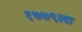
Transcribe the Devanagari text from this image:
१७७९ला